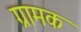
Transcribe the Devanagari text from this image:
ग्रामक